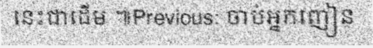
នេះជាដើម ៕Previous: ចាប់អ្នកញៀន